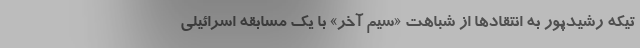
تیکه رشیدپور به انتقادها از شباهت «سیم آخر» با یک مسابقه اسرائیلی